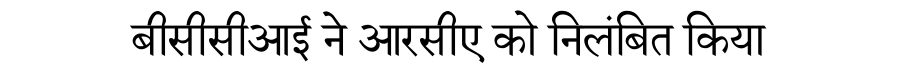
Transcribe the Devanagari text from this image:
बीसीसीआई ने आरसीए को निलंबित किया